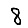
Digit: 8